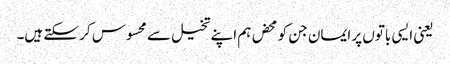
یعنی ایسی باتوں پر ایمان جن کو محض ہم اپنے تخیل سے محسوس کر سکتے ہیں۔